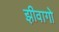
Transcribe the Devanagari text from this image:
झीवागो